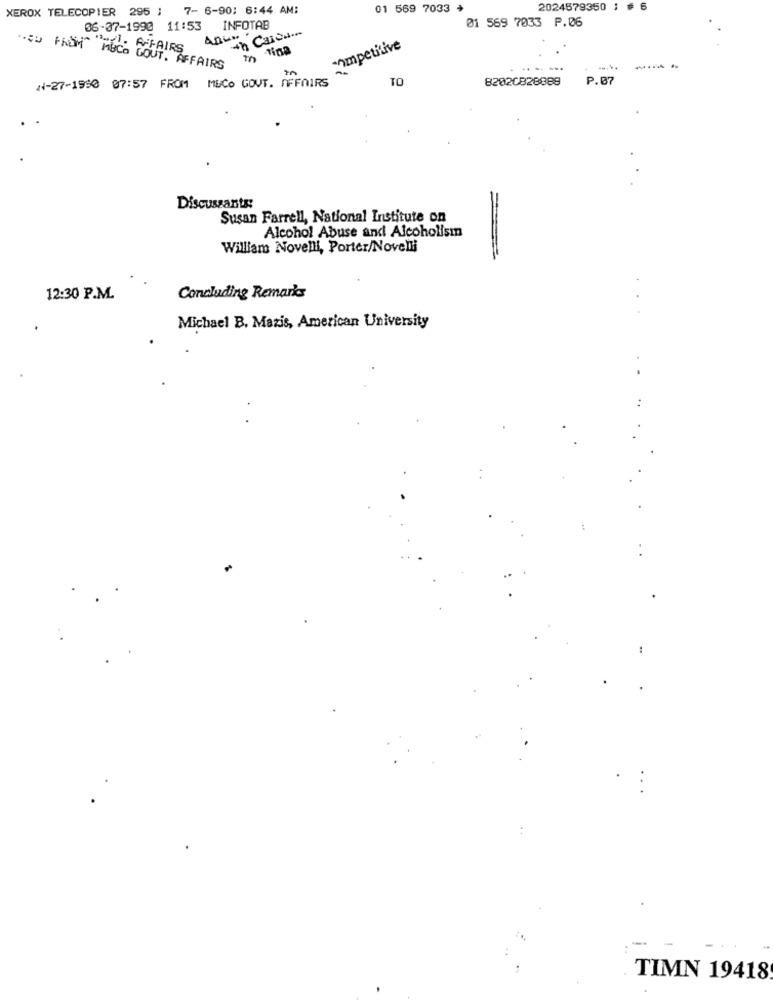
XEROX TELECOPIER 295 ; 7- 6-90: 6:44 AM:
01 569 7033 *
2024579350 ;
01 569 7033 P.06
06-37-1990 11:53 INFOTAB
in Casode
.CO FROM "ALL AFFAIRS
hmpetitive
m
MUCO GOUT. AFFAIRS
----
N-27-1990 07:57 FROM MUCO GOUT. AFFAIRS
in
TO
82020828889
P.07
Discussants:
Susan Farrell, National Institute on
Alcohol Abuse and Alcoholism
William Novelli, Porter/Novelli
12:30 P.M.
Concluding Remarks
Michael B. Mazis, American University
TIMN 19418